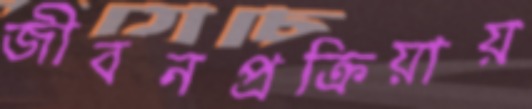
জীবনপ্রক্রিয়ায়